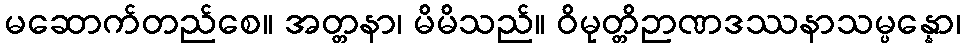
မဆောက်တည်စေ။ အတ္တနာ၊ မိမိသည်။ ဝိမုတ္တိဉာဏဒဿနာသမ္ပန္နော၊